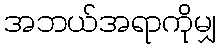
အဘယ်အရာကိုမျှ